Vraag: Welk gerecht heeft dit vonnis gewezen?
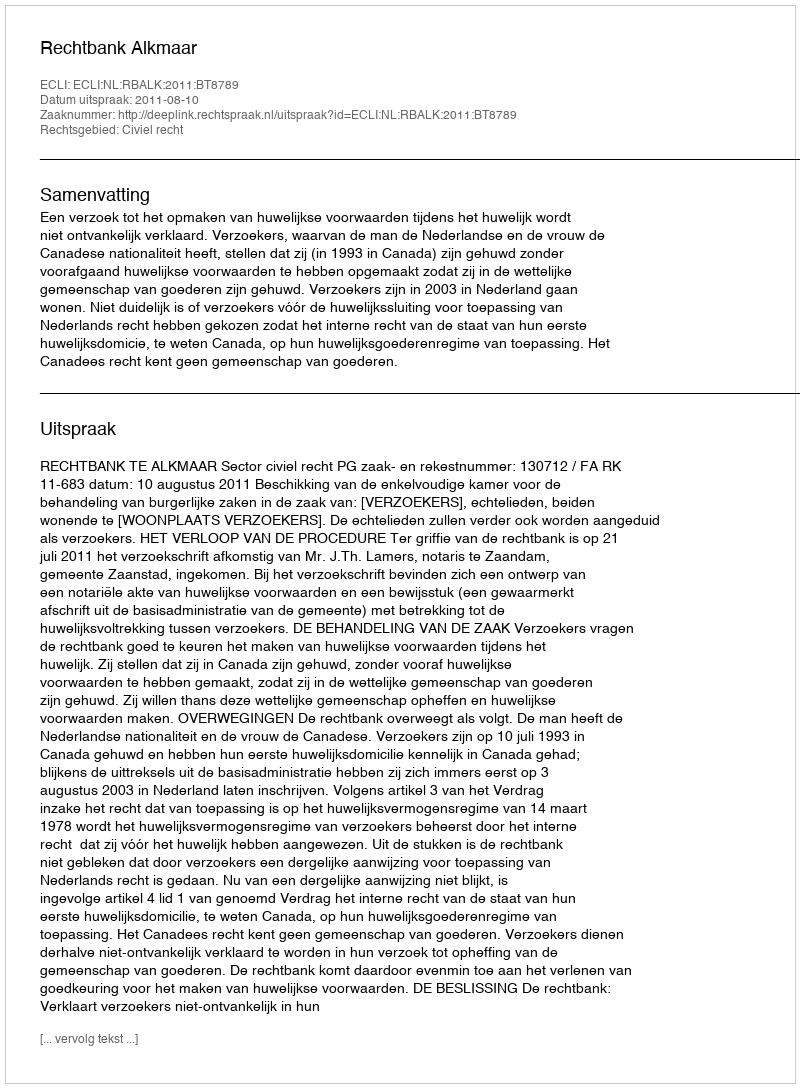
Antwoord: Rechtbank Alkmaar